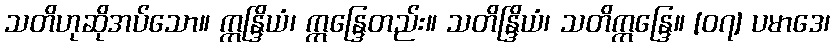
သတိဟုဆိုအပ်သော။ ဣန္ဒြိယံ၊ ဣန္ဒြေတည်း။ သတိန္ဒြိယံ၊ သတိဣန္ဒြေ။ [၀၇] ပမာဒေ၊